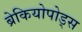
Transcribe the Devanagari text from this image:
ब्रेकियोपोड्स